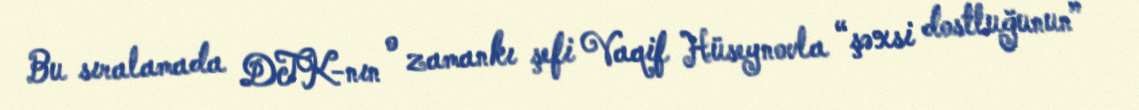
Bu sıralamada DTK-nın o zamankı şefi Vaqif Hüseynovla “şəxsi dostluğunun”